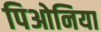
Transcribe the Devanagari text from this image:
पिओनिया